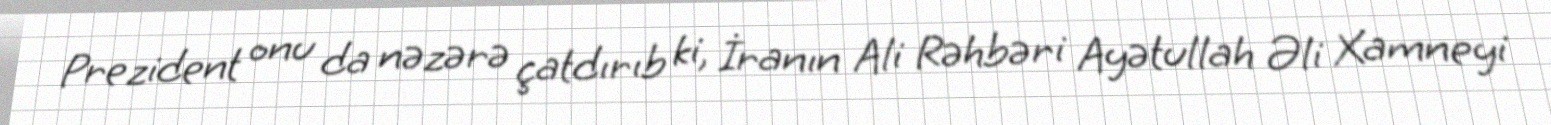
Prezident onu da nəzərə çatdırıb ki, İranın Ali Rəhbəri Ayətullah Əli Xamneyi